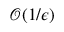
\mathcal { O } ( 1 / \epsilon )